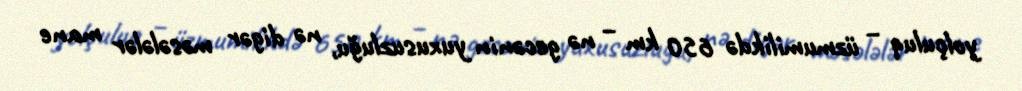
yolçuluq – üzmumilikdə 650 km – nə gecənin yuxusuzluğu, nə digər məsələlər mane